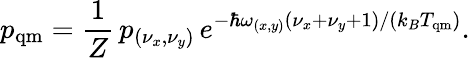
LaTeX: p_{\mathrm{{qm}}}=\frac{1}{Z}\, p_{(\nu_{x},\nu_{y})}\, e^{-\hbar\omega_{(x,y)}(\nu_{x}+\nu_{y}+1)/(k_{B}T_{\mathrm{{qm}}})}.